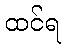
ထင်ရ